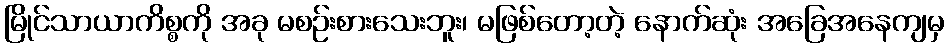
မြိုင်သာယာကိစ္စကို အခု မစဉ်းစားသေးဘူး၊ မဖြစ်တော့တဲ့ နောက်ဆုံး အခြေအနေကျမှ